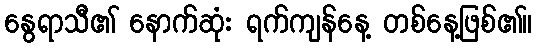
နွေရာသီ၏ နောက်ဆုံး ရက်ကျန်နေ့ တစ်နေ့ဖြစ်၏။